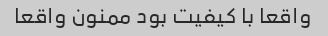
واقعا با کیفیت بود ممنون واقعا